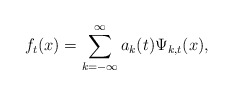
\begin{align*}f_{t}(x)=\sum\limits_{k=-\infty}^{\infty}a_{k}(t)\Psi_{k,t}(x),\end{align*}